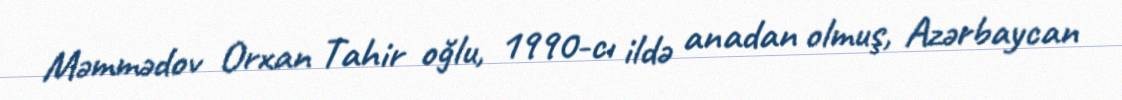
Məmmədov Orxan Tahir oğlu, 1990-cı ildə anadan olmuş, Azərbaycan